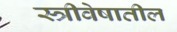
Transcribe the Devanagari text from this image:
स्त्रीवेषातील